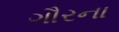
ગૌરના